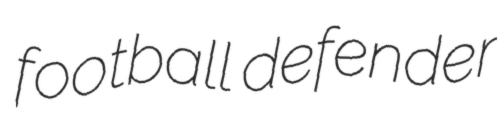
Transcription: football defender